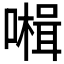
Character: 𡀞